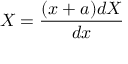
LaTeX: X = { \frac { ( x + a ) d X } { d x } }